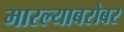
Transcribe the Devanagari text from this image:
मारल्याबरोबर